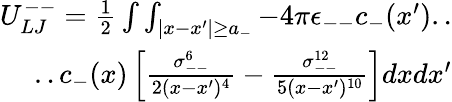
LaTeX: \begin{array}{r}{U_{LJ}^{--}=\frac{1}{2}\int\int_{|x-x^{\prime}|\geq a_{-}}-4\pi\epsilon_{--}c_{-}(x^{\prime})..}\\ {..c_{-}(x)\left[\frac{\sigma_{--}^{6}}{2(x-x^{\prime})^{4}}-\frac{\sigma_{--}^{12}}{5(x-x^{\prime})^{10}}\right]dxdx^{\prime}}\end{array}